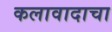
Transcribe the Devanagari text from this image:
कलावादाचा